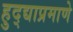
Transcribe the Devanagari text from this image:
हुद्द्याप्रमाणे